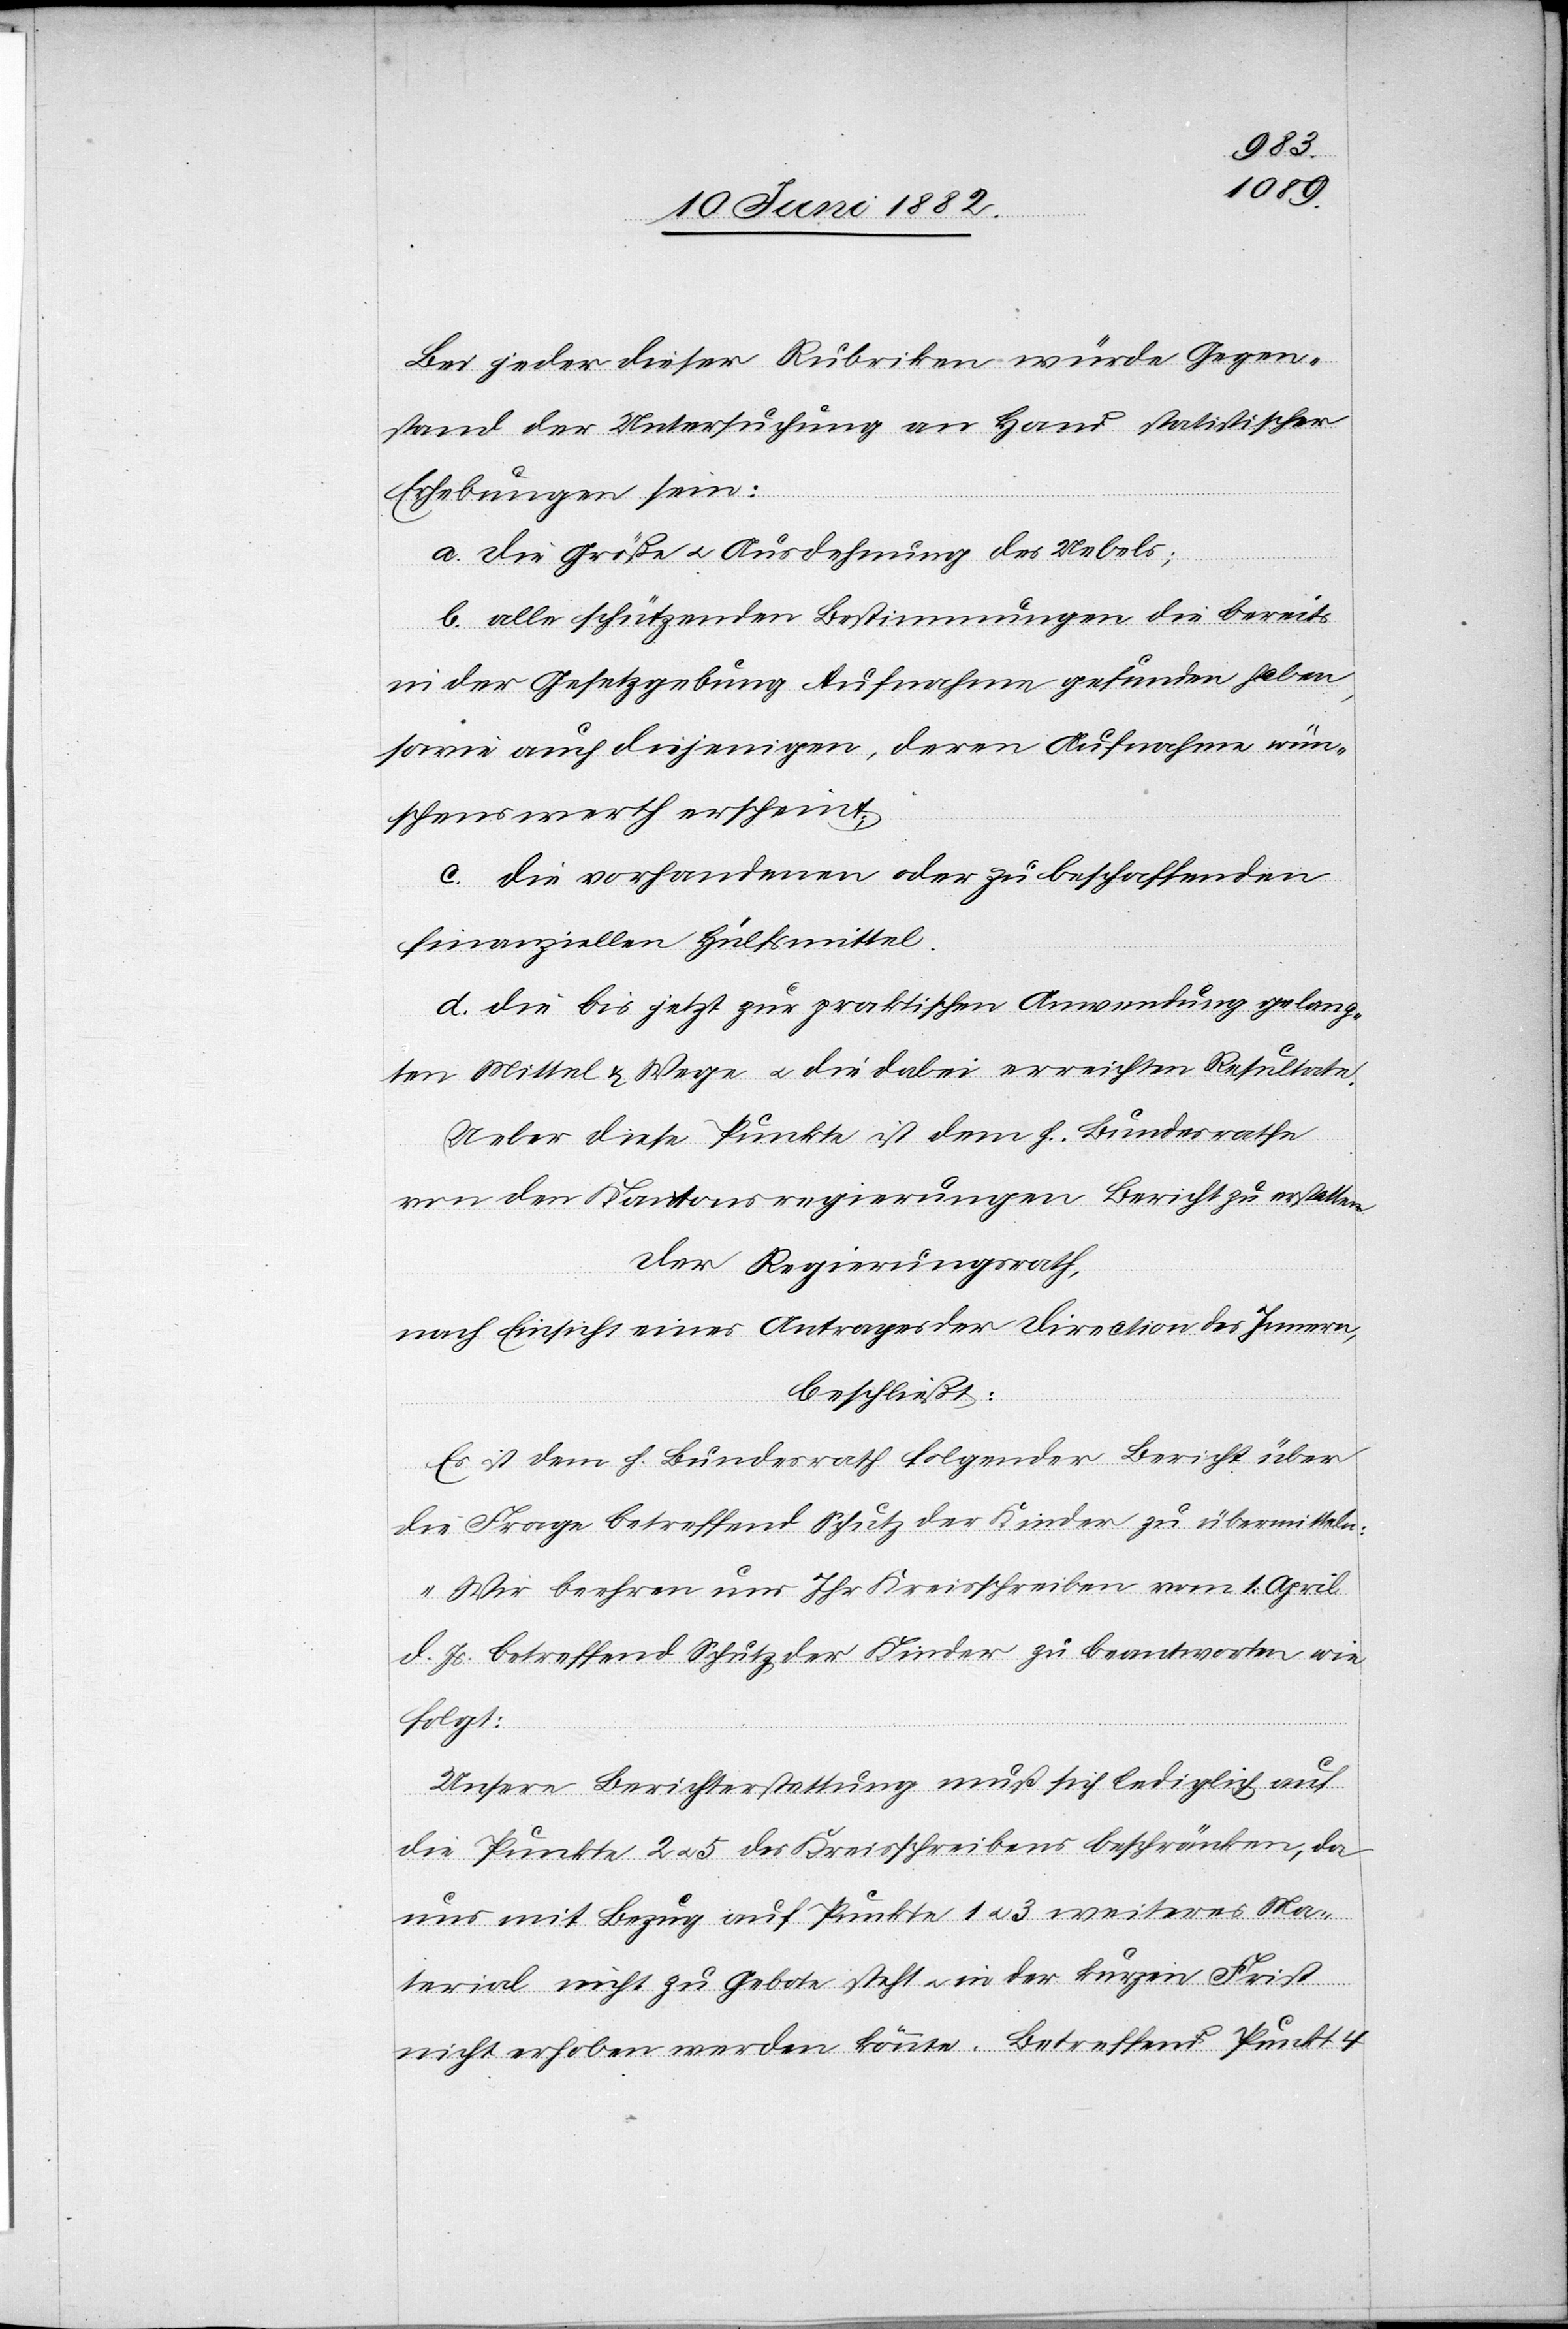
Bei jeder dieser Rubriken würde Gegen¬
stand der Untersuchung an Hand statistischer
Erhebungen sein:
a. die Größe u. Ausdehnung des Uebels;
b. alle schützenden Bestimmungen die bereits
in der Gesetzgebung Aufnahme gefunden haben,
sowie auch diejenigen, deren Aufnahme wün¬
schenswerth erscheint;
c. die vorhandenen oder zu beschaffenden
finanziellen Hülfsmittel.
d. die bis jetzt zur praktischen Anwendung gelange¬
nden Mittel & Wege u. die dabei erreichten Resultate.
Ueber diese Punkte ist dem h. Bundesrathe
von den Kantonsregierungen Bericht zu erstatten.
Der Regierungsrath,
nach Einsicht eines Antrages der Direction des Innern,
beschließt:
Es ist dem h. Bundesrath folgender Bericht über
die Frage betreffend Schutz der Kinder zu übermitteln:
„Wir beehren uns Ihr Kreisschreiben vom 1. April
d. Js. betreffend Schutz der Kinder zu beantworten wie
folgt:
Unsere Berichterstattung muß sich lediglich auf
die Punkte 2 & 5 des Kreisschreiben beschränken, da
uns mit Bezug auf Punkte 1 & 3 weiteres Ma¬
terial nicht zu Gebote steht u. in der kurzen Frist
nicht erhoben werden könnte. Betreffend Punkt 4